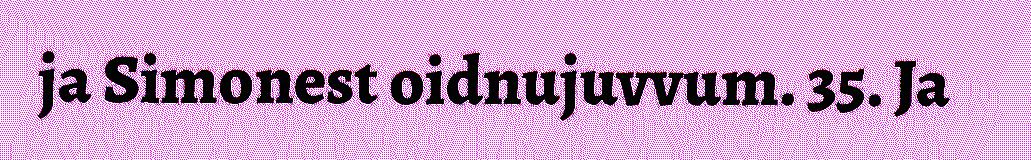
ja Simonest oidnujuvvum. 35. Ja